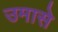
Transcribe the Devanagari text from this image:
उमासे